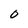
Character: O